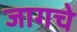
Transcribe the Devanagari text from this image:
जागचे